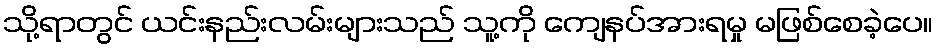
သို့ရာတွင် ယင်းနည်းလမ်းများသည် သူ့ကို ကျေနပ်အားရမှု မဖြစ်စေခဲ့ပေ။